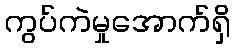
ကွပ်ကဲမှုအောက်ရှိ